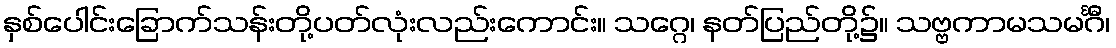
နှစ်ပေါင်းခြောက်သန်းတို့ပတ်လုံးလည်းကောင်း။ သဂ္ဂေ၊ နတ်ပြည်တို့၌။ သဗ္ဗကာမသမင်္ဂီ၊